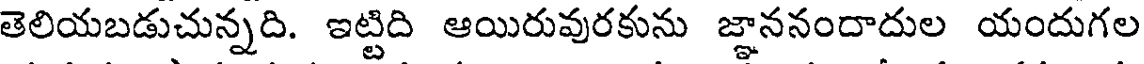
తెలియబడుచున్నది. ఇట్టిది ఆయిరువురకును జ్ఞాననందాదుల యందుగల